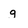
Character: g